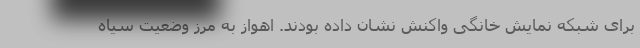
برای شبکه نمایش خانگی واکنش نشان داده بودند. اهواز به مرز وضعیت سیاه